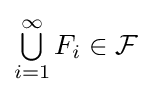
\textstyle \bigcup \limits _{i=1}^{\infty }F_{i}\in {\mathcal {F}}